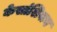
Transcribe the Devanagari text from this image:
केसांशिवाय